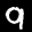
Label: 9